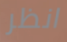
انظر